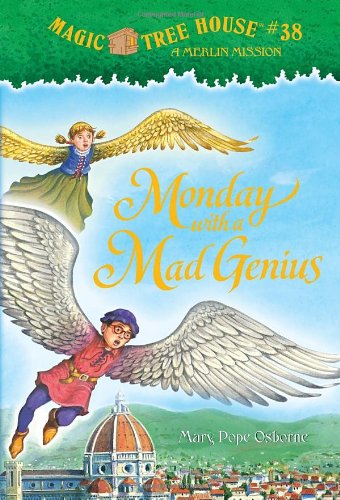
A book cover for Monday with a Mad Genius (Magic Tree House, No. 38); Mary Pope Osborne; Children's Books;